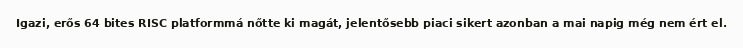
Igazi, erős 64 bites RISC platformmá nőtte ki magát, jelentősebb piaci sikert azonban a mai napig még nem ért el.